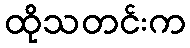
ထိုသတင်းက